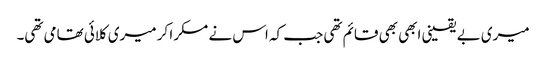
میری بے یقینی ابھی بھی قائم تھی جب کہ اس نے مسکرا کر میری کلائی تھامی تھی۔